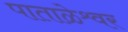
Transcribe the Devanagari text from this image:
पाताळेश्र्वर